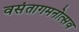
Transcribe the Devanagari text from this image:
वसंतागमनोत्सव